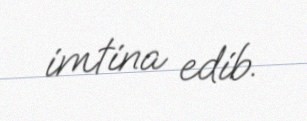
imtina edib.